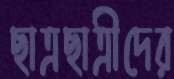
ছাত্রছাত্রীদের